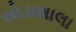
સોડાશાલા